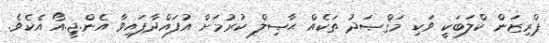
ޕްރިޒަން ކްލަބަކީ ވަކި މަޤްޞަދު ތަކެއް ޙާޞިލް ކުރުމަށް އުފައްދާފައިވާ އެން.ޖީ.އޯ އެކެވެ.